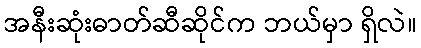
အနီးဆုံးဓာတ်ဆီဆိုင်က ဘယ်မှာ ရှိလဲ။